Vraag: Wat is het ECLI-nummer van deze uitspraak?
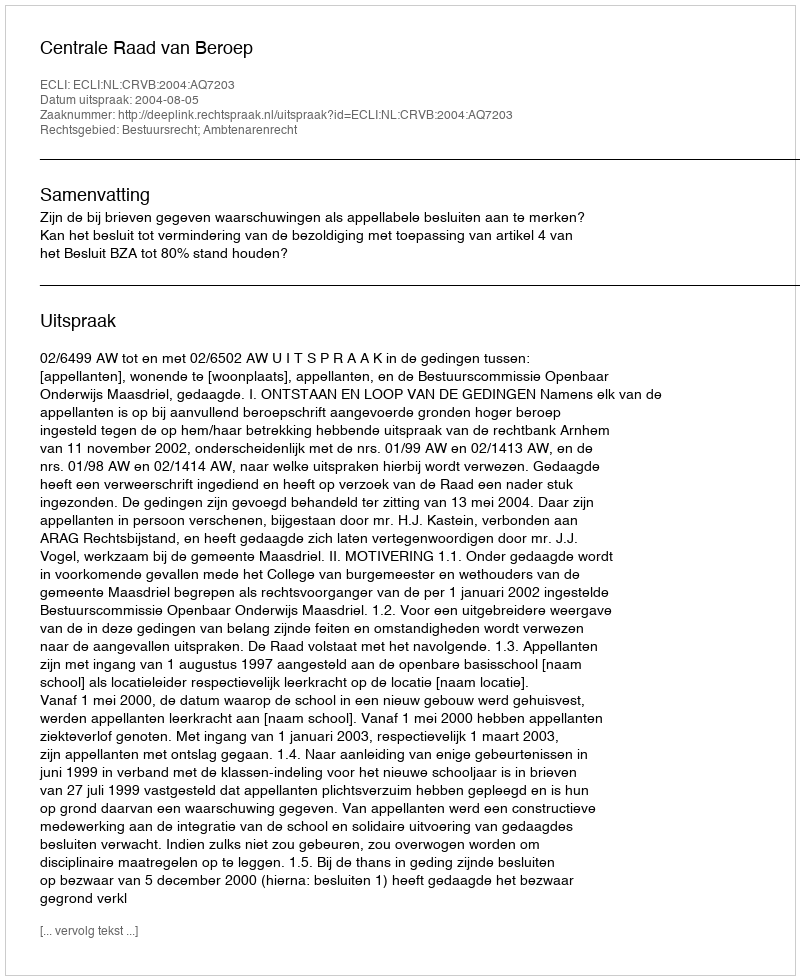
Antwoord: ECLI:NL:CRVB:2004:AQ7203